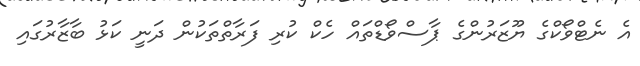
އެ ނެޓްވޯކްގެ ޔޫޒަރުންގެ ޕާސްވޯޑްތައް ހެކް ކުރި ފަރާތްތަކުން ދަނީ ކަޅު ބާޒާރުގައި